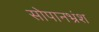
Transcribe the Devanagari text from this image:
सोपानभ्रंश